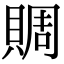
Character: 賙